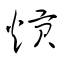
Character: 熕